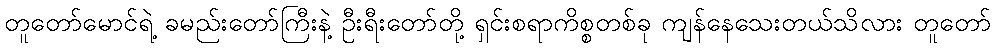
တူတော်မောင်ရဲ့ ခမည်းတော်ကြီးနဲ့ ဦးရီးတော်တို့ ရှင်းစရာကိစ္စတစ်ခု ကျန်နေသေးတယ်သိလား တူတော်